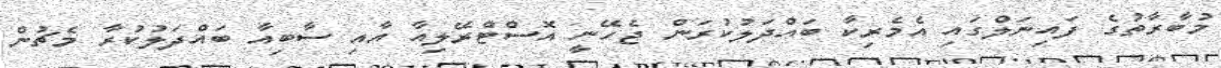
މުބާރާތުގެ ފައިނަލްގައި އެމެރިކާ ބައްދަލުކުރަން ޖެހޭނީ އޮސްޓްރޭލިއާ އާއި ސާބިއާ ބައްދަލުކުރާ މެޗުން